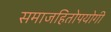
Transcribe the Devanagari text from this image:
समाजहितोपयोगी